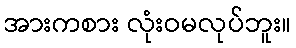
အားကစား လုံးဝမလုပ်ဘူး။